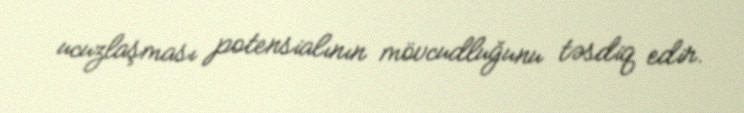
ucuzlaşması potensialının mövcudluğunu təsdiq edir.